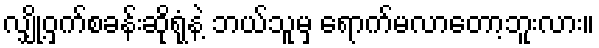
လျှို့ဝှက်စခန်းဆိုရုံနဲ့ ဘယ်သူမှ ရောက်မလာတော့ဘူးလား။